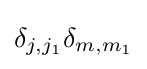
\delta _{j,j_{1}}\delta _{m,m_{1}}